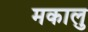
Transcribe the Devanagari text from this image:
मकालु